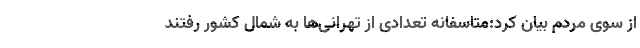
از سوی مردم بیان کرد:متاسفانه تعدادی از تهرانی‌ها به شمال کشور رفتند